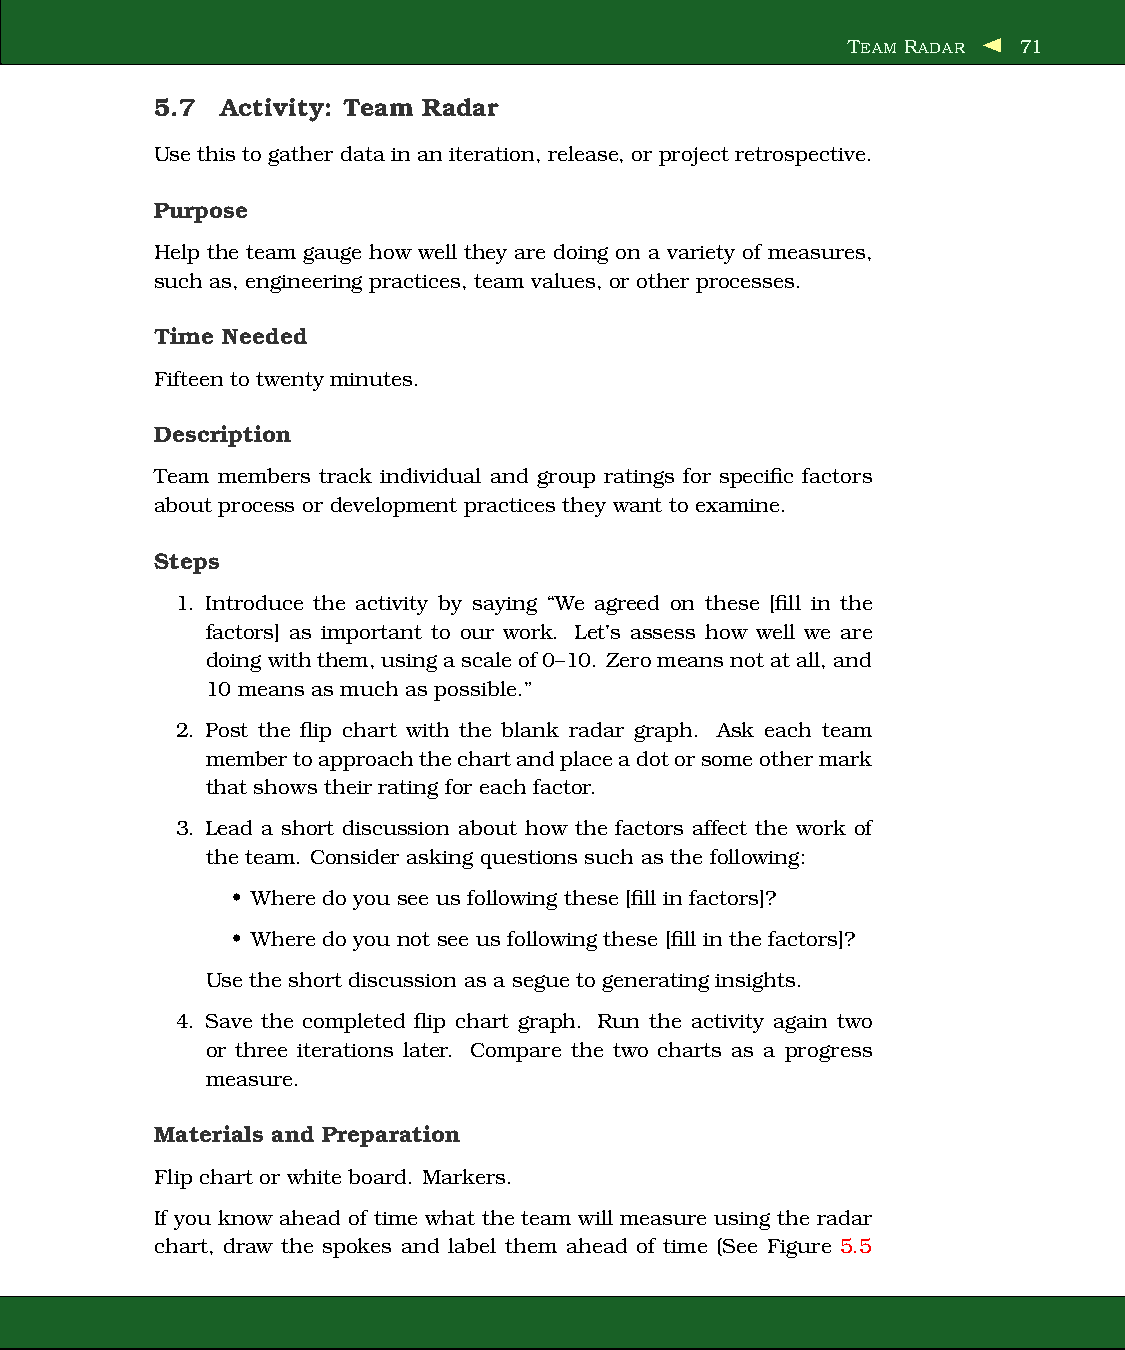
TEAM RADAR  71
 5.7  Activity: Team Radar
 Usethis togather data in an iteration, release, or project retrospective.
 Purpose
 Help the team gauge how well they are doing on a variety of measures,
 such as, engineering practices, team values, or other processes.
 Time Needed
 Fifteen to twenty minutes.
 Description
 Team members track individual and group ratings for specific factors
 about process or development practices they want to examine.
 Steps
 1. Introduce the activity by saying “We agreed on these [fill in the
 factors] as important to our work. Let’s assess how well we are
 doing withthem,usingascaleof0–10. Zeromeansnotatall,and
 10 means as much as possible.”
 2. Post the flip chart with the blank radar graph. Ask each team
 membertoapproachthechartandplaceadotorsomeothermark
 that shows their rating for each factor.
 3. Lead a short discussion about how the factors affect the work of
 the team. Consider asking questions such as the following:
 • Wheredo you see us following these [fill in factors]?
 • Wheredo you not see us following these [fill in the factors]?
 Use the short discussion as a segue to generating insights.
 4. Save the completed flip chart graph. Run the activity again two
 or three iterations later. Compare the two charts as a progress
 measure.
 Materials and Preparation
 Flip chart or white board. Markers.
 If you know ahead of time what the team will measure using the radar
 chart, draw the spokes and label them ahead of time (See Figure 5.5